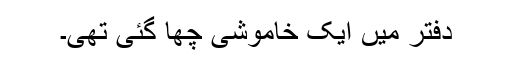
دفتر میں ایک خاموشی چھا گئی تھی۔